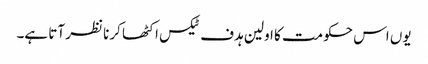
یوں اس حکومت کا اولین ہدف ٹیکس اکٹھا کرنا نظر آتا ہے۔